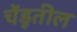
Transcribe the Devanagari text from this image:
चेंडूतील